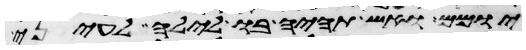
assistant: יומם ואש תהיה בו לילה לעיני